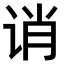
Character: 诮